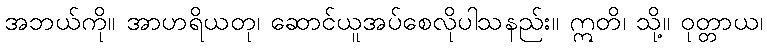
အဘယ်ကို။ အာဟရိယတု၊ ဆောင်ယူအပ်စေလိုပါသနည်း။ ဣတိ၊ သို့။ ဝုတ္တာယ၊